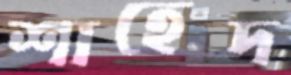
শাহেদ